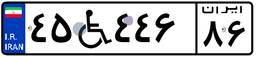
۴۵W۴۴۶۸۶